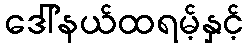
ဒေါ်နယ်ထရမ့်နှင့်